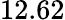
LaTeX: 12.62